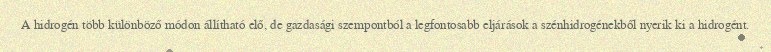
A hidrogén több különböző módon állítható elő, de gazdasági szempontból a legfontosabb eljárások a szénhidrogénekből nyerik ki a hidrogént.